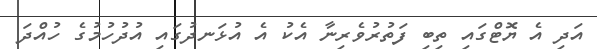
އަދި އެ ޔޮޓްގައި ތިބި ފަތުރުވެރިނާ އެކު އެ އުޅަނދުގައި އުދުހުމުގެ ހުއްދަ